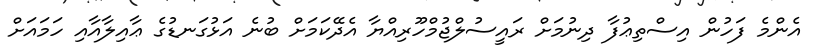
އެންމެ ފަހުން އިސްތިޢުފާ ދިނުމަށް ރައީސުލްޖުމްހޫރިއްޔާ އެދޭކަމަށް ބުނެ އަޅުގަނޑުގެ ޢާއިލާއާއި ހަމައަށް